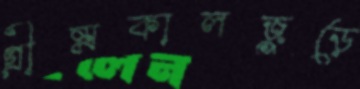
গ্রীষ্মকালজুড়ে